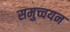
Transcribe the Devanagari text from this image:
समुच्चयन